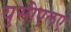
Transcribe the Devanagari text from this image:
युसीएलए